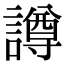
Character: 譐